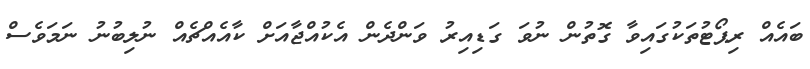
ބައެއް ރިޕޯޓުތަކުގައިވާ ގޮތުން ނުވަ ގަޑިއިރު ވަންދެން އެކުއްޖާއަށް ކާއެއްޗެއް ނުލިބުނު ނަމަވެސް